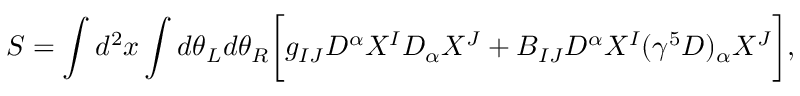
S = \int d ^ { 2 } x \int d \theta _ { L } d \theta _ { R } \biggl [ g _ { I J } D ^ { \alpha } X ^ { I } D _ { \alpha } X ^ { J } + B _ { I J } D ^ { \alpha } X ^ { I } ( \gamma ^ { 5 } D ) _ { \alpha } X ^ { J } \biggr ] ,